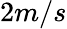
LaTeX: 2m/s